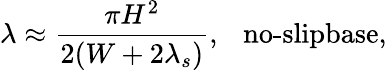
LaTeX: \lambda\approx\frac{\pi H^{2}}{2(W+2\lambda_{s})},~~~\textrm{no-slipbase},